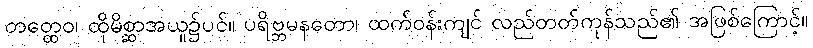
တတ္ထေဝ၊ ထိုမိစ္ဆာအယူ၌ပင်။ ပရိဗ္ဘမနတော၊ ထက်ဝန်းကျင် လည်တတ်ကုန်သည်၏ အဖြစ်ကြောင့်။